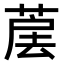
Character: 𦳰